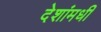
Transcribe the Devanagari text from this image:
देशांमधी